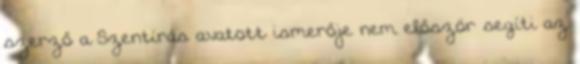
szerző a Szentírás avatott ismerője nem először segíti az